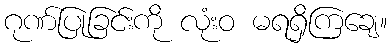
ဂုဏ်ပြုခြင်းကို လုံးဝ မရရှိကြချေ။